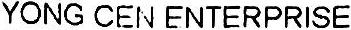
YONG CEN ENTERPRISE